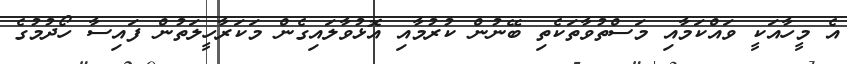
އެ މީހާއަކީ ވައްކަމާއި މަސްތުވާތަކެތި ބޭނުން ކުރުމާއި އޮޅުވާލައިގެން މަކަރާހީލަތުން ފައިސާ ހޯދުމުގެ